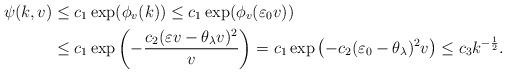
LaTeX: \begin{align*}\psi(k,v)&\leq c_1\exp(\phi_v(k))\leq c_1\exp(\phi_v(\varepsilon_0v))\\ &\leq c_1\exp\left(-\frac{c_2(\varepsilon v-\theta_\lambda v)^2}{v}\right)=c_1\exp\left(-c_2(\varepsilon_0-\theta_\lambda)^2v\right)\leq c_3k^{-\frac{1}{2}}.\end{align*}